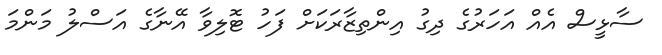
ސާޅީސް އެއް އަހަރުގެ ދިގު އިންތިޒާރަކަށް ފަހު ޓޮލިވާ އޭނާގެ އަސްލު މަންމަ